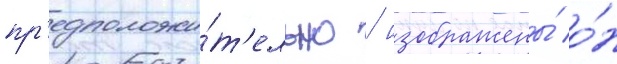
пр'едположи́т'ельно / изображены́ о́н